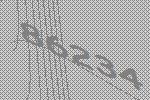
86234